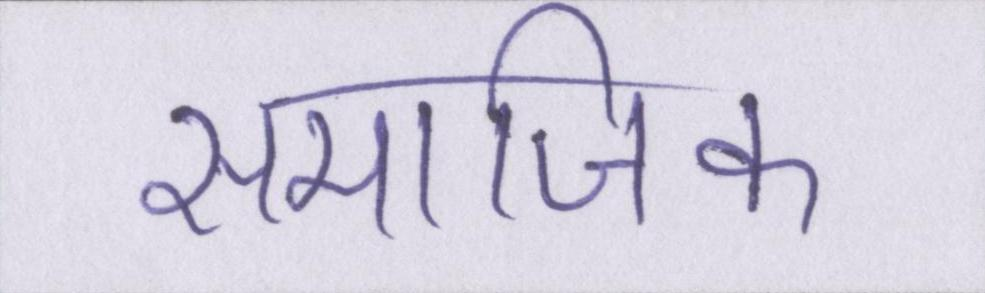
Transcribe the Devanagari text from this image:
समाजिक